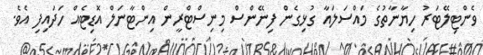
ވެންޓިލޭޓަރު ހިޔާނާތުގެ މައްސަލައާ ގުޅިގެން ފިނޭންސް މިނިސްޓްރީން އިންޓާނަލް އޮޑިޓެއް ހަދައިފި އެވެ.